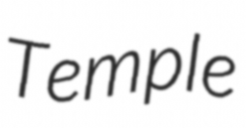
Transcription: Temple